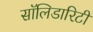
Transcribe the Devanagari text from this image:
सॉलिडारिटी